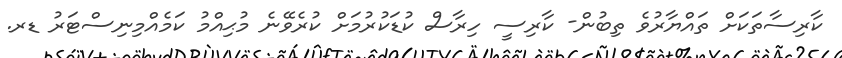
ކާރިސާތަކަށް ތައްޔާރުވެ ތިބުން- ކާރިސީ ހިރާސް ކުޑަކުރުމަށް ކުރެވޭނެ މުޙިއްމު ކަމެއްމިނިސްޓަރު ޑރ.